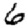
Digit: 6